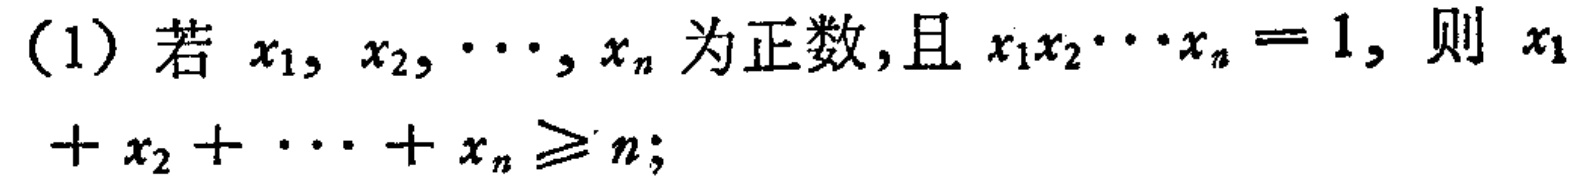
(1) 若 \(x_1, x_2, \cdots, x_n\) 为正数,且 \(x_1x_2\cdots x_n = 1\), 则 \(x_1 + x_2 + \cdots + x_n \geqslant n\);